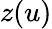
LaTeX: z(u)